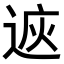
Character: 𨓩